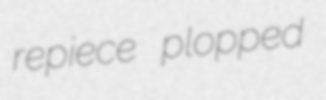
repiece plopped